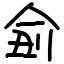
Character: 侴